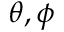
\theta , \phi